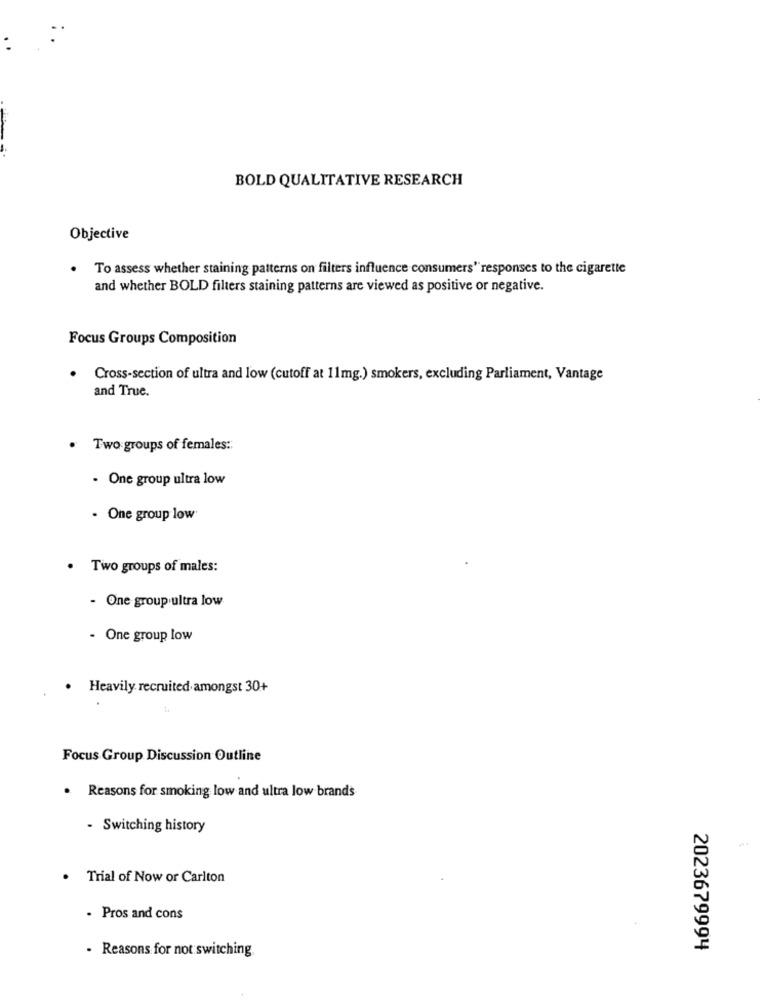
BOLD QUALITATIVE RESEARCH
Objective
. To assess whether staining patterns on filters influence consumers" responses to the cigarette
and whether BOLD filters staining patterns are viewed as positive or negative.
Focus Groups Composition
Cross-section of ultra and low (cutoff at 11mg.) smokers, excluding Parliament, Vantage
and True.
· Two groups of females ::
- One group ultra low
. One group low
. Two groups of males:
- One group ultra low
- One group low
. Heavily recruited amongst 30+
Focus Group Discussion Outline
. Reasons for smoking low and ultra low brands
- Switching history
.
Trial of Now or Carlton
. Pros and cons
. Reasons for not switching
2023679994